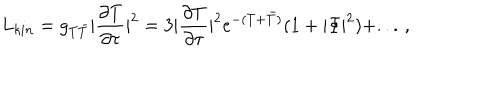
L _ { k i n } = g _ { T \bar { T } } | \frac { \partial T } { \partial \tau } | ^ { 2 } = 3 | \frac { \partial T } { \partial \tau } | ^ { 2 } e ^ { - ( T + \bar { T } ) } ( 1 + | \Phi | ^ { 2 } ) + . . . \, ,